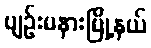
ပျဉ်းမနားမြို့နယ်